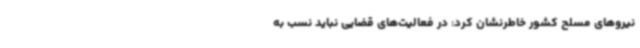
نیروهای مسلح کشور خاطرنشان کرد: در فعالیت‌های قضایی نباید نسب به